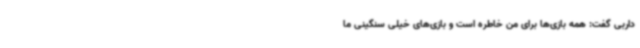
داربی گفت: همه بازی‌ها برای من خاطره است و بازی‌های خیلی سنگینی ما